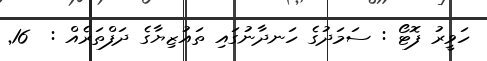
ހަވީރު ފޮޓޯ : ސަމަދުގެ ހަނދާނުގައި ތައުޒިޔާގެ ދަފްތަރެއް :  16